画像に写った文字を読んでください
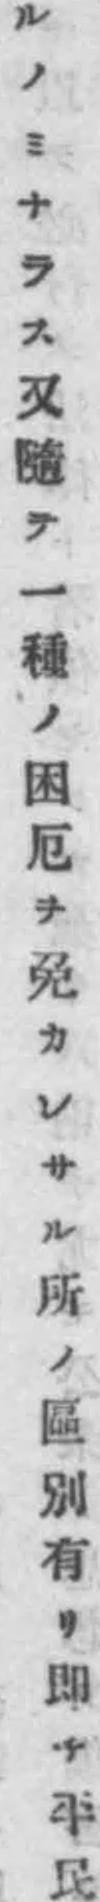
「ルノミナラス又隨テ一種ノ困厄ヲ免カレサル所ノ區別有リ即チ平民」と書いてあります